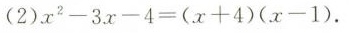
(2 $$2)x^{2} - 3x - 4 = (x + 4)(x - 1$$ .